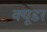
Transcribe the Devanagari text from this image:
क्यूडर